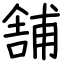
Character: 舗